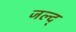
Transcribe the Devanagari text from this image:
जल्द्